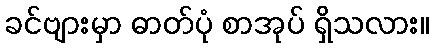
ခင်ဗျားမှာ ဓာတ်ပုံ စာအုပ် ရှိသလား။